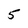
Character: 5